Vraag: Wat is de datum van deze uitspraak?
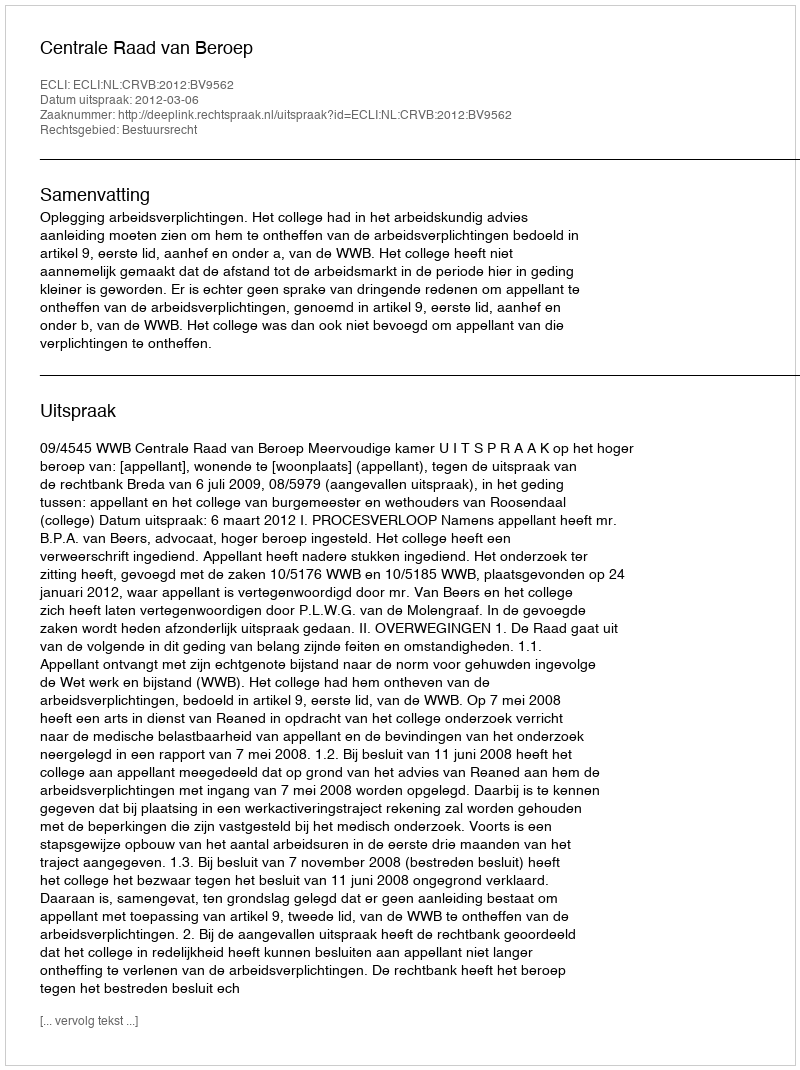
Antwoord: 2012-03-06